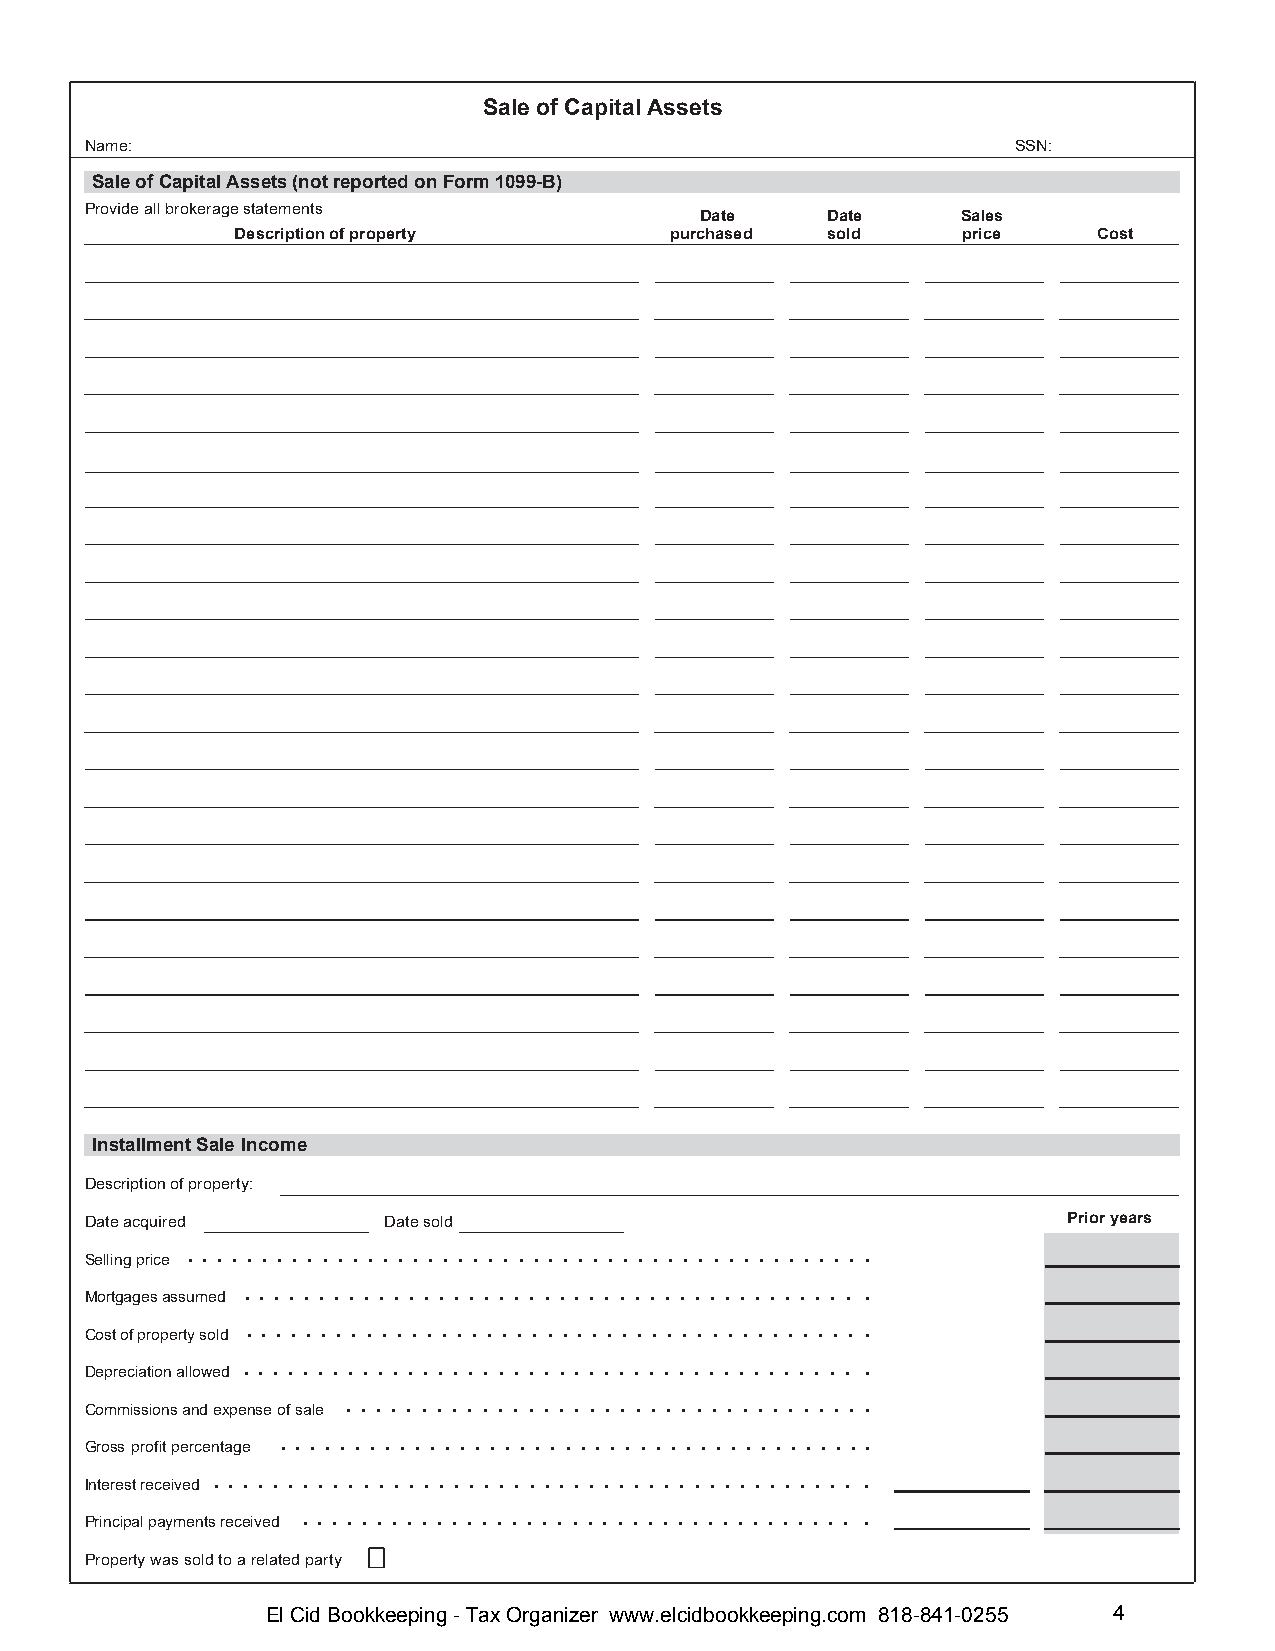
Sale of Capital Assets
 Name:                                                        SSN:
 Sale of Capital Assets (not reported on Form 1099-B)
 Provide all brokerage statements
 Date     Date     Sales
 Description of property     purchased  sold     price    Cost
 Installment Sale Income
 Description of property:
 Date acquired      Date sold                                     Prior years
 . . . . . . . . . . . . . . . . . . . . . . . . . . . . . . . . . . . . . . . . . . . . . .
 Selling price
 . . . . . . . . . . . . . . . . . . . . . . . . . . . . . . . . . . . . . . . . . .
 Mortgages assumed
 . . . . . . . . . . . . . . . . . . . . . . . . . . . . . . . . . . . . . . . . . .
 Cost of property sold
 . . . . . . . . . . . . . . . . . . . . . . . . . . . . . . . . . . . . . . . . . .
 Depreciation allowed
 . . . . . . . . . . . . . . . . . . . . . . . . . . . . . . . . . . .
 Commissions and expense of sale
 . . . . . . . . . . . . . . . . . . . . . . . . . . . . . . . . . . . . . . . .
 Gross profit percentage
 . . . . . . . . . . . . . . . . . . . . . . . . . . . . . . . . . . . . . . . . . . . .
 Interest received
 . . . . . . . . . . . . . . . . . . . . . . . . . . . . . . . . . . . . . .
 Principal payments received
 Property was sold to a related party
 El Cid Bookkeeping - Tax Organizer www.elcidbookkeeping.com 818-841-0255 4